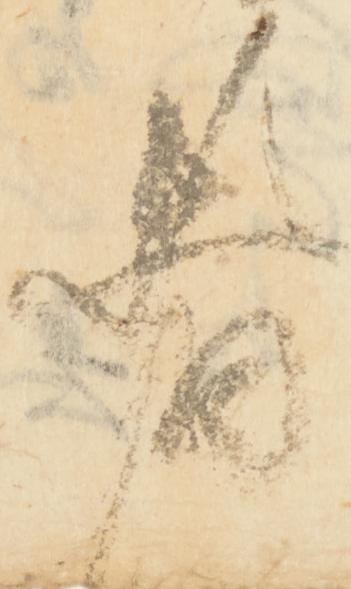
者